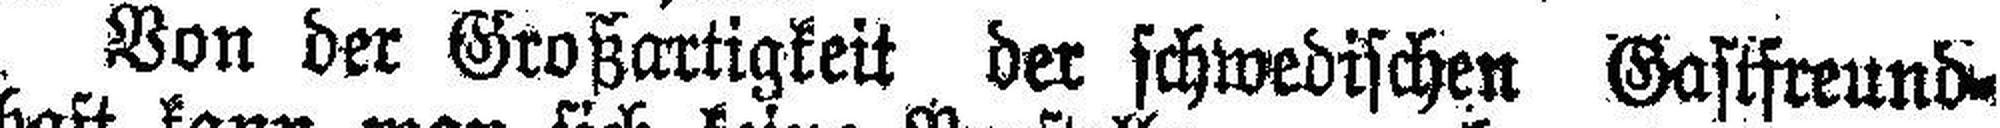
Von der Großartigkeit der schwedischen Gastfreund¬